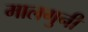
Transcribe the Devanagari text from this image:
मालगुनी